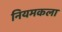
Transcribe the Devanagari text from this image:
नियमकला